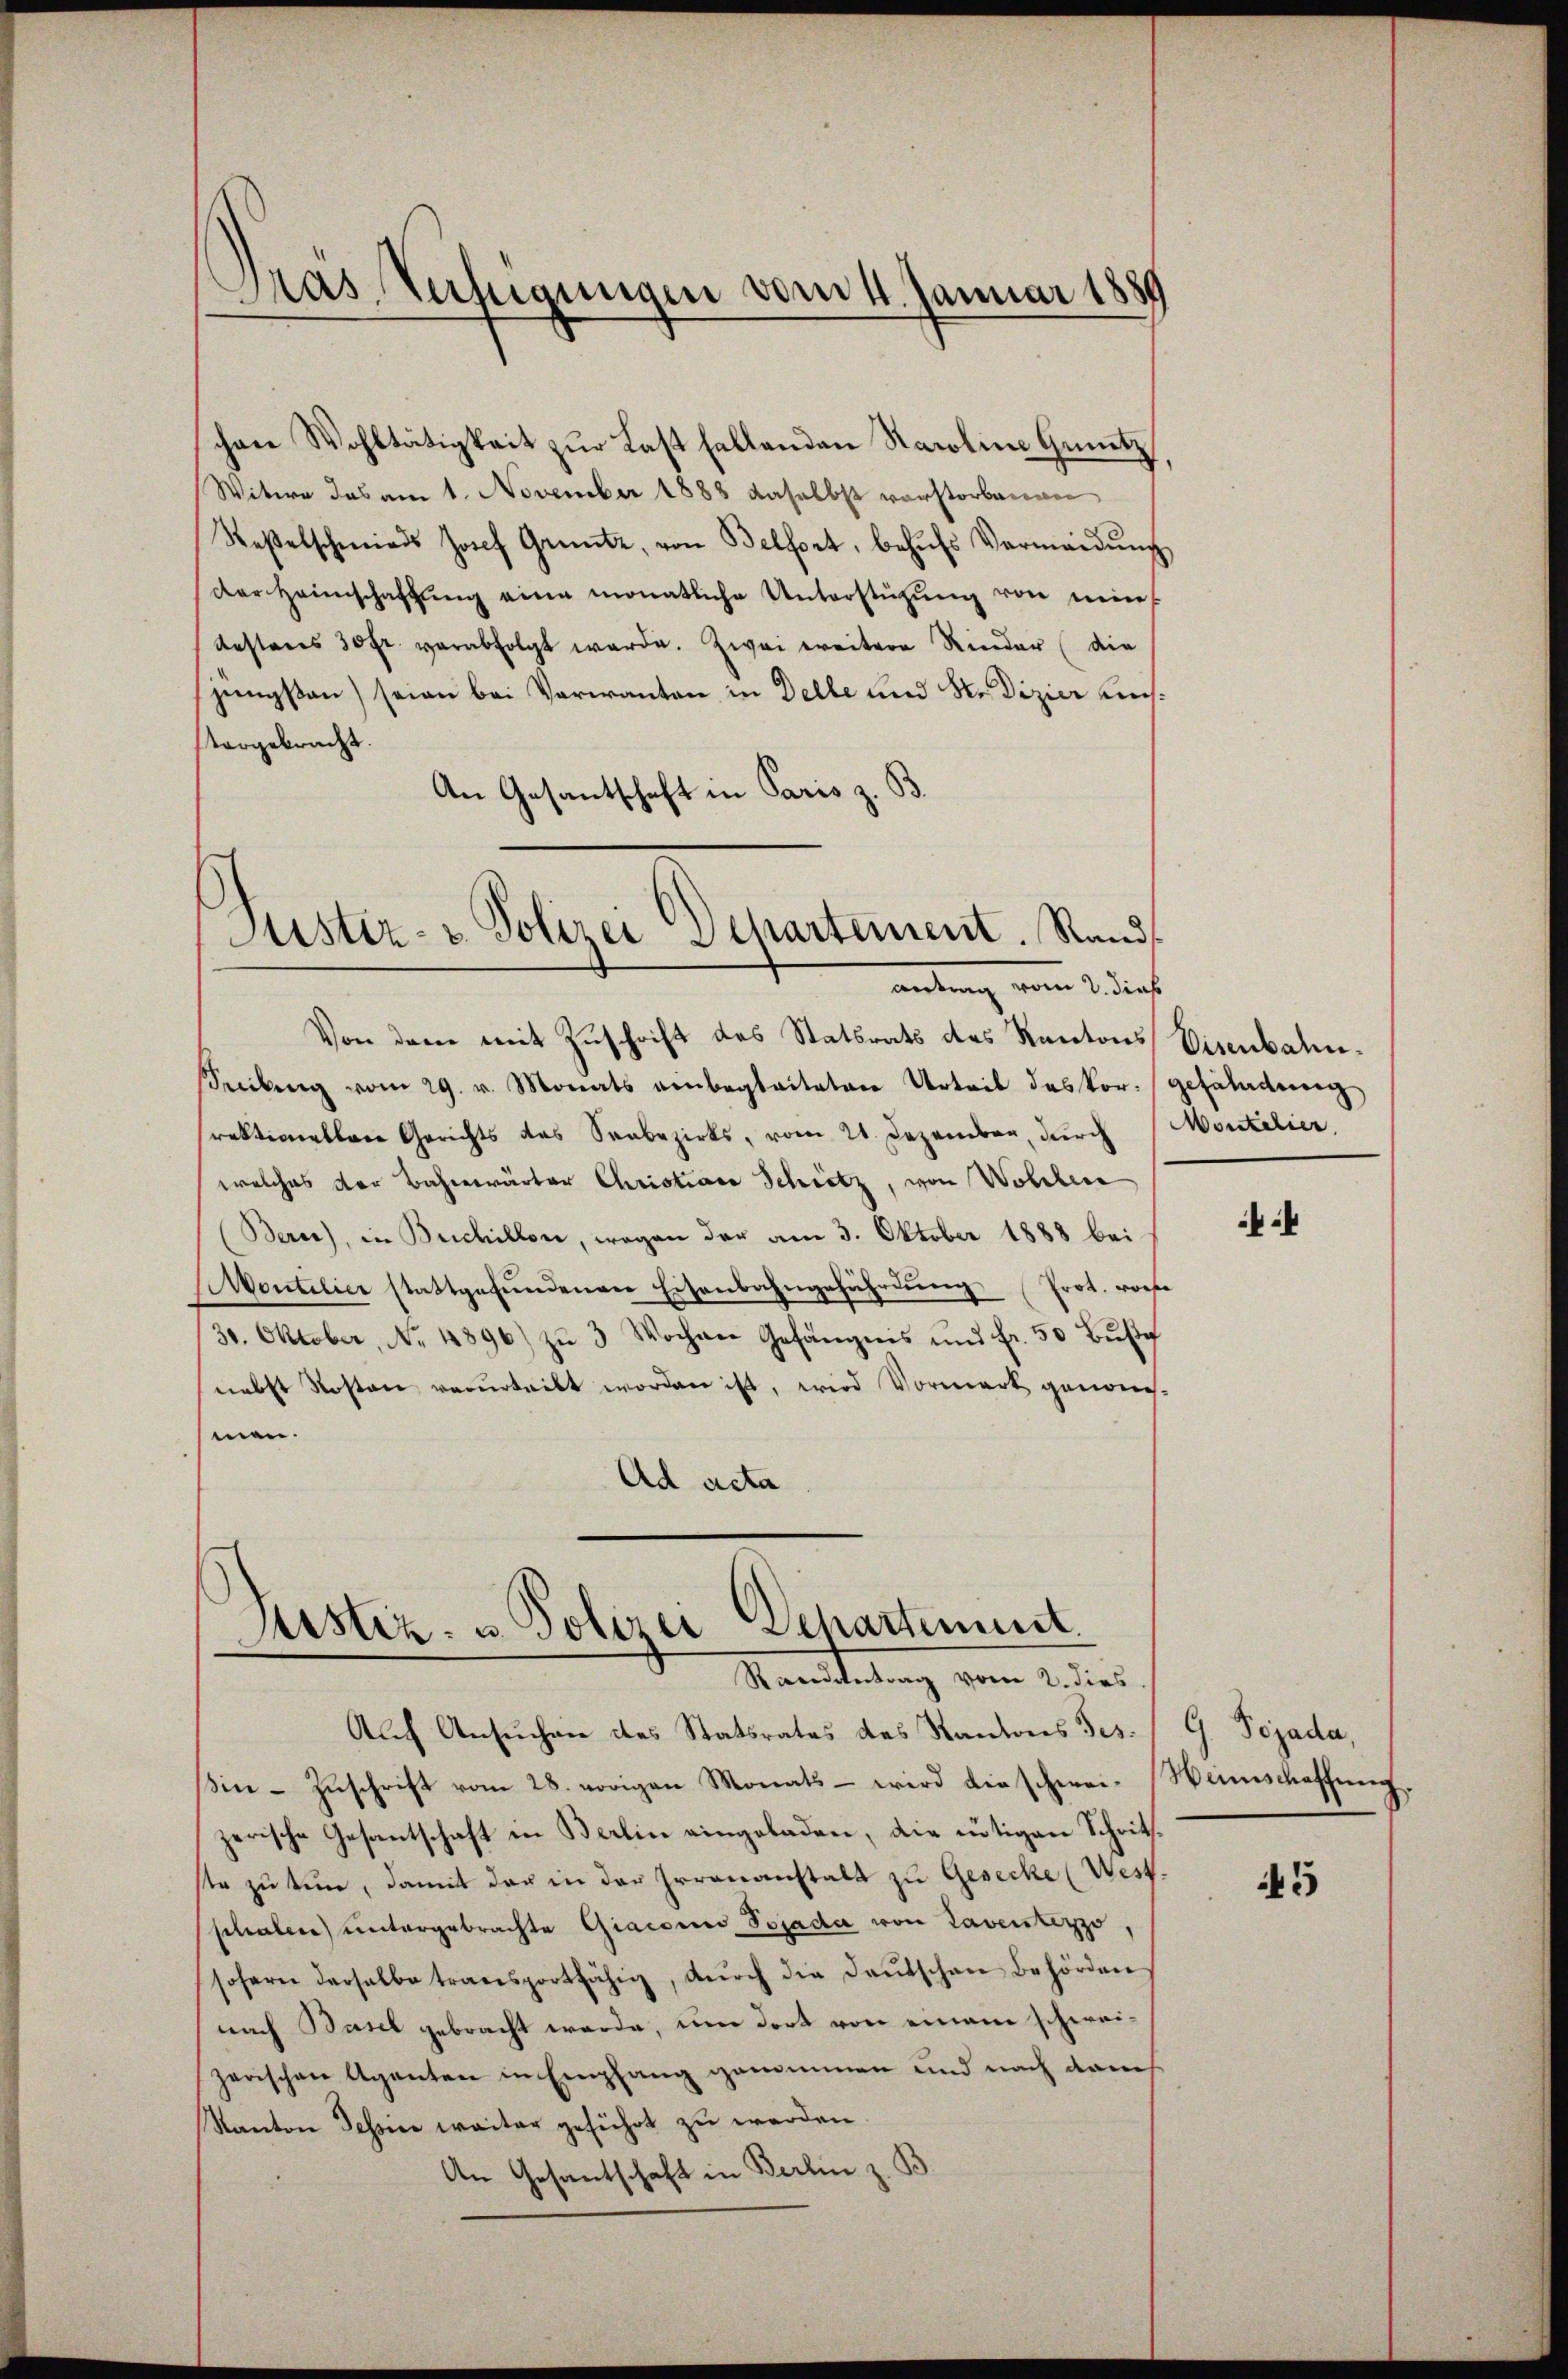
Pras Verfügungen vom 4. Januar 1880

schen Wohltätigkeit zur Last fallenden Karoline Genetz
Witwe das am 1. November 1888 daselbst vorstorbenen
Saβelschmieds Josef Grüntz, von Belfort, behŭfs Vermeidŭng
der Heimschaffŭng eine monatliche Unterstützŭng von meines
bestens 30 fr. verabfolgt werde. Zwei weitere Rinder (die
jüngsten) seien bei Verwanten in Delle und Nedizier uns.
vorgebracht.
An Gesantschaft in Paris z. B.

Justiz- & Polizei Separtement. Rand
amtung vom 2. dies

Von dem mit Zuschrift des Statsrats des Kantons Eisenbahn¬
Seilung vom 29. v. Monats einbegleiteten Urteil des Vor- gefährdung
rektionellare Gerichts das Seebezirks, vom 21. Dezember durch Montelier,
welches der Bahnwärter Christiaco Schrötz, von Wolchere
Berne), in Buchillon, wegen der am 3. Oktober 1888 bei
Montilice stattgefŭndenen Eisenbahngeführŭng (Prot. vorhe
30. Oktober, No. 4896) zŭ 3 Wochen Gefängnis und fr. 50 Bŭβe
nebst Kosten verurteilt worden ist, wird Vormark genommen.
Ad acta

Ristiz- & Polizei Dehartement
Randantrag vom 2. dies

Auch Ansuchen des Statsrates des Kantons Tes
in - Zuschrift vom 28. vorigen Monats – wird die schwei- Weinschaffung.
zerische Gesantschaft in Berlin eingeladen, die nötigen Schritste zu tun, damit der in der Irrenanstalt zu Gesecke (West-
schalen untergebrachte Giaconus Pojada von Laventezzo,
sofern derselbe transportfähig, dŭrch die Daŭtschen Behörden
nach Basel gebracht werde, um dort von einem schweizerischen Aganten in Empfang genommen und nach damit
Kanton Tessine weiter geführt zu werden.
An Gesantschaft in Berlin z. B

G. Dezada,

45